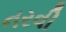
નરવી